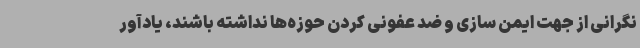
نگرانی از جهت ایمن سازی و ضد عفونی کردن حوزه‌ها نداشته باشند، یادآور